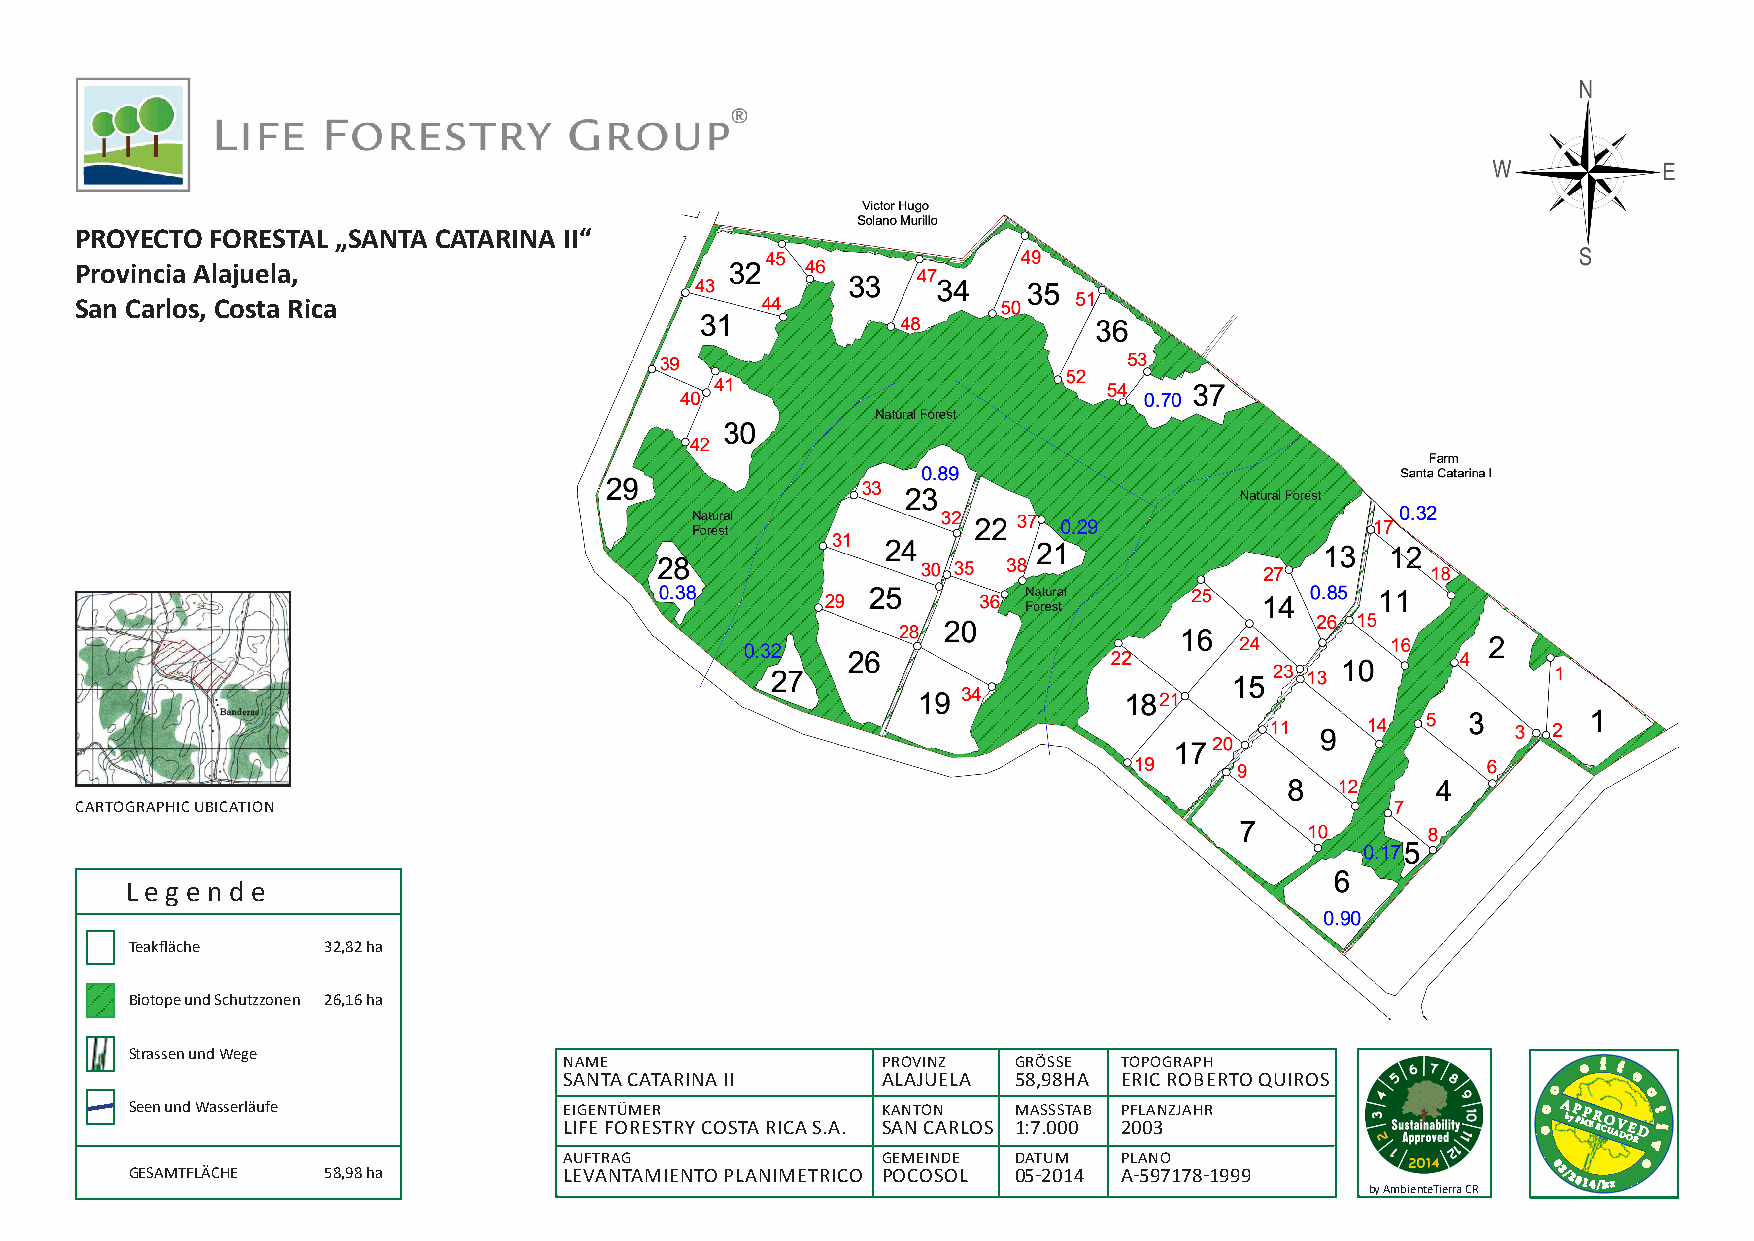
PROYECTO FORESTAL „SANTA CATARINA II“
 Provincia Alajuela,
 San Carlos, Costa Rica
 CARTOGRAPHIC UBICATION
 L e g e n d e
 Teakfläche  32,82 ha
 Biotope und Schutzzonen 26,16 ha
 Strassen und Wege
 NAME                 PROVINZ  GRÖSSE TOPOGRAPH                      e f f
 SANTA CATARINA II    ALAJUELA 58,98HA ERIC ROBERTO QUIROS              e
 o
 c
 Seen und Wasserläufe        E LI IG FE EN FT OÜM REER S TRY COSTA RICA S.A. K SA AN NT O CN A RLOS M 1:A 7S .0SS 0T 0A B P 2F 0L 0A 3NZJAHR ecA byP PMP ER ECO UAV DOE RD vt i
 AUFTRAG              GEMEINDE DATUM  PLANO                              e
 GESAMTFLÄCHE 58,98 ha       LEVANTAMIENTO PLANIMETRICO POCOSOL 05-2014 A-597178-1999
 by AmbienteTierra CR
 03/2014/kr